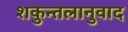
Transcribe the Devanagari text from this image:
शकुन्तलानुवाद